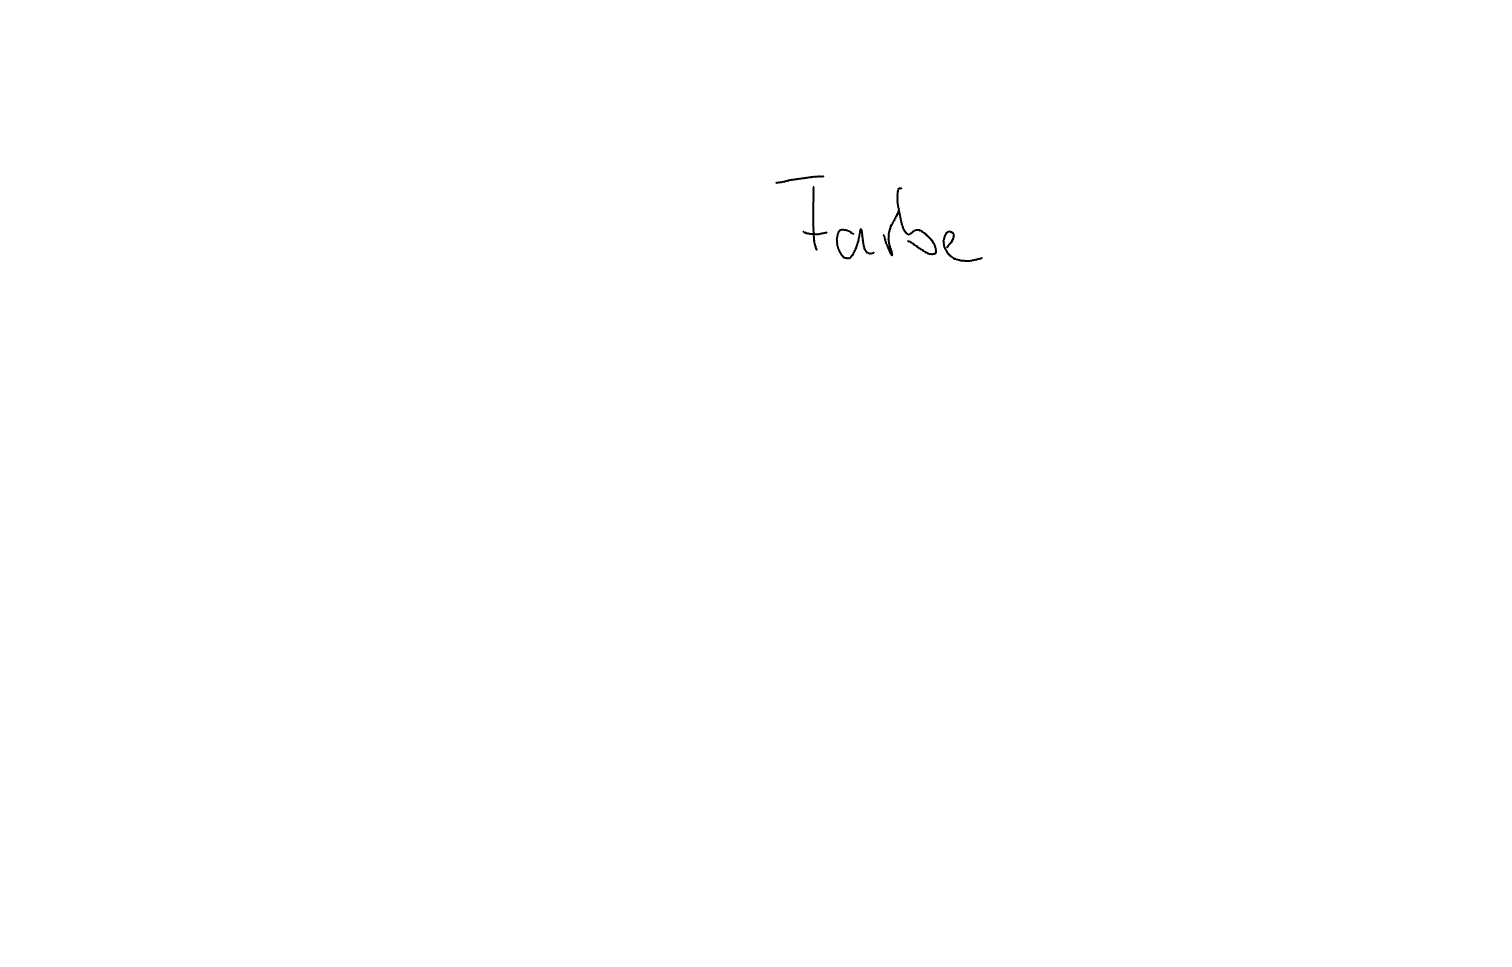
Text: Farbe